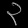
Digit: ၃